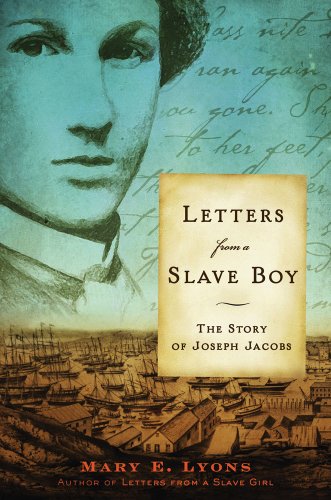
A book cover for Letters from a Slave Boy: The Story of Joseph Jacobs; Mary E. Lyons; Teen & Young Adult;